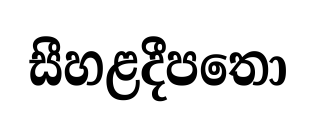
සීහළදීපතො